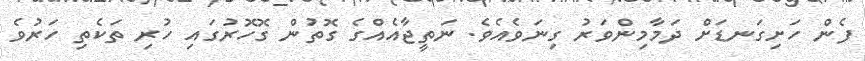
ފެން ހަށިގަނޑަށް ދަމާމިންވަރު ގިނަވެއެވެ. ނަތީޖާއެއްގެ ގޮތުން ގޮހޮރުގައި ހުރި ތަކެތި ހަރުވެ